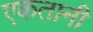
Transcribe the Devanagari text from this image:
एकतानी